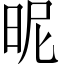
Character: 昵